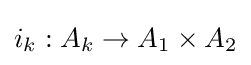
{\textstyle i_{k}:A_{k}\to A_{1}\times A_{2}}